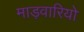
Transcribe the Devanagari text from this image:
माड़वारियो